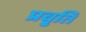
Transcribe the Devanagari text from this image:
प्रवृ्ति